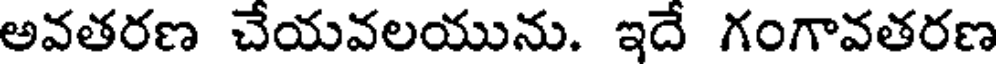
అవతరణ చేయవలయును. ఇదే గంగావతరణ